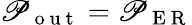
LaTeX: \mathscr{P}_{\mathrm{{~o~u~t~}}}=\mathscr{P}_{\mathrm{{~E~R~}}}